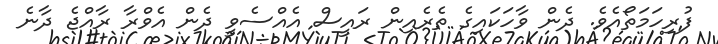
ފުރިހަމަތޯއެވެ. ދެން ވާހަކައިގެ ތެރެއިން ރައީސް އެއްސެވީ ދެން އެވްރާ ރާއްޖެ ދާނެ